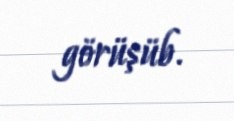
görüşüb.